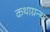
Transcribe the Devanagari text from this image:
कथाग्रन्थ